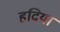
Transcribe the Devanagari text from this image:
हदिया